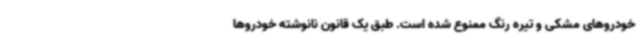
خودروهای مشکی و تیره رنگ ممنوع شده است. طبق یک قانون نانوشته خودروها